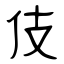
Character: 伎